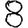
Digit: 8